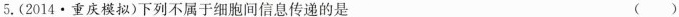
5.(2014·重庆模拟)下列不属于细胞间信息传递的是 ( )